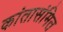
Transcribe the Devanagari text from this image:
कांतासंमित